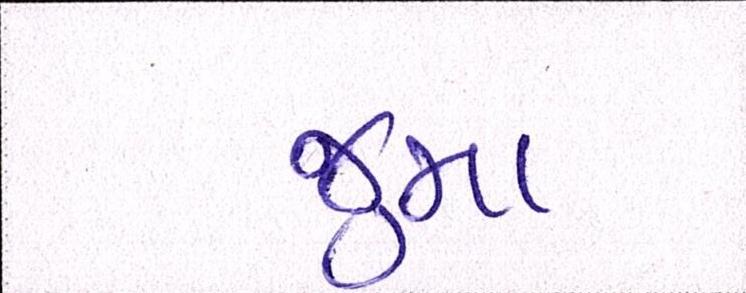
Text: જુમા